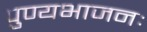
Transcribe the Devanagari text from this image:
पुण्यभाजनः